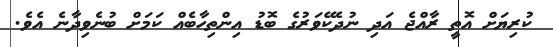
ކުރިޔަށް އޮތީ ރާއްޖެ އަދި ނުދެކޭވަރުގެ ބޮޑު އިންތިހާބެއް ކަމަށް ބުނެވިދާނެ އެވެ.